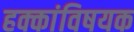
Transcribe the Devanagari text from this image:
हक्कांविषयक